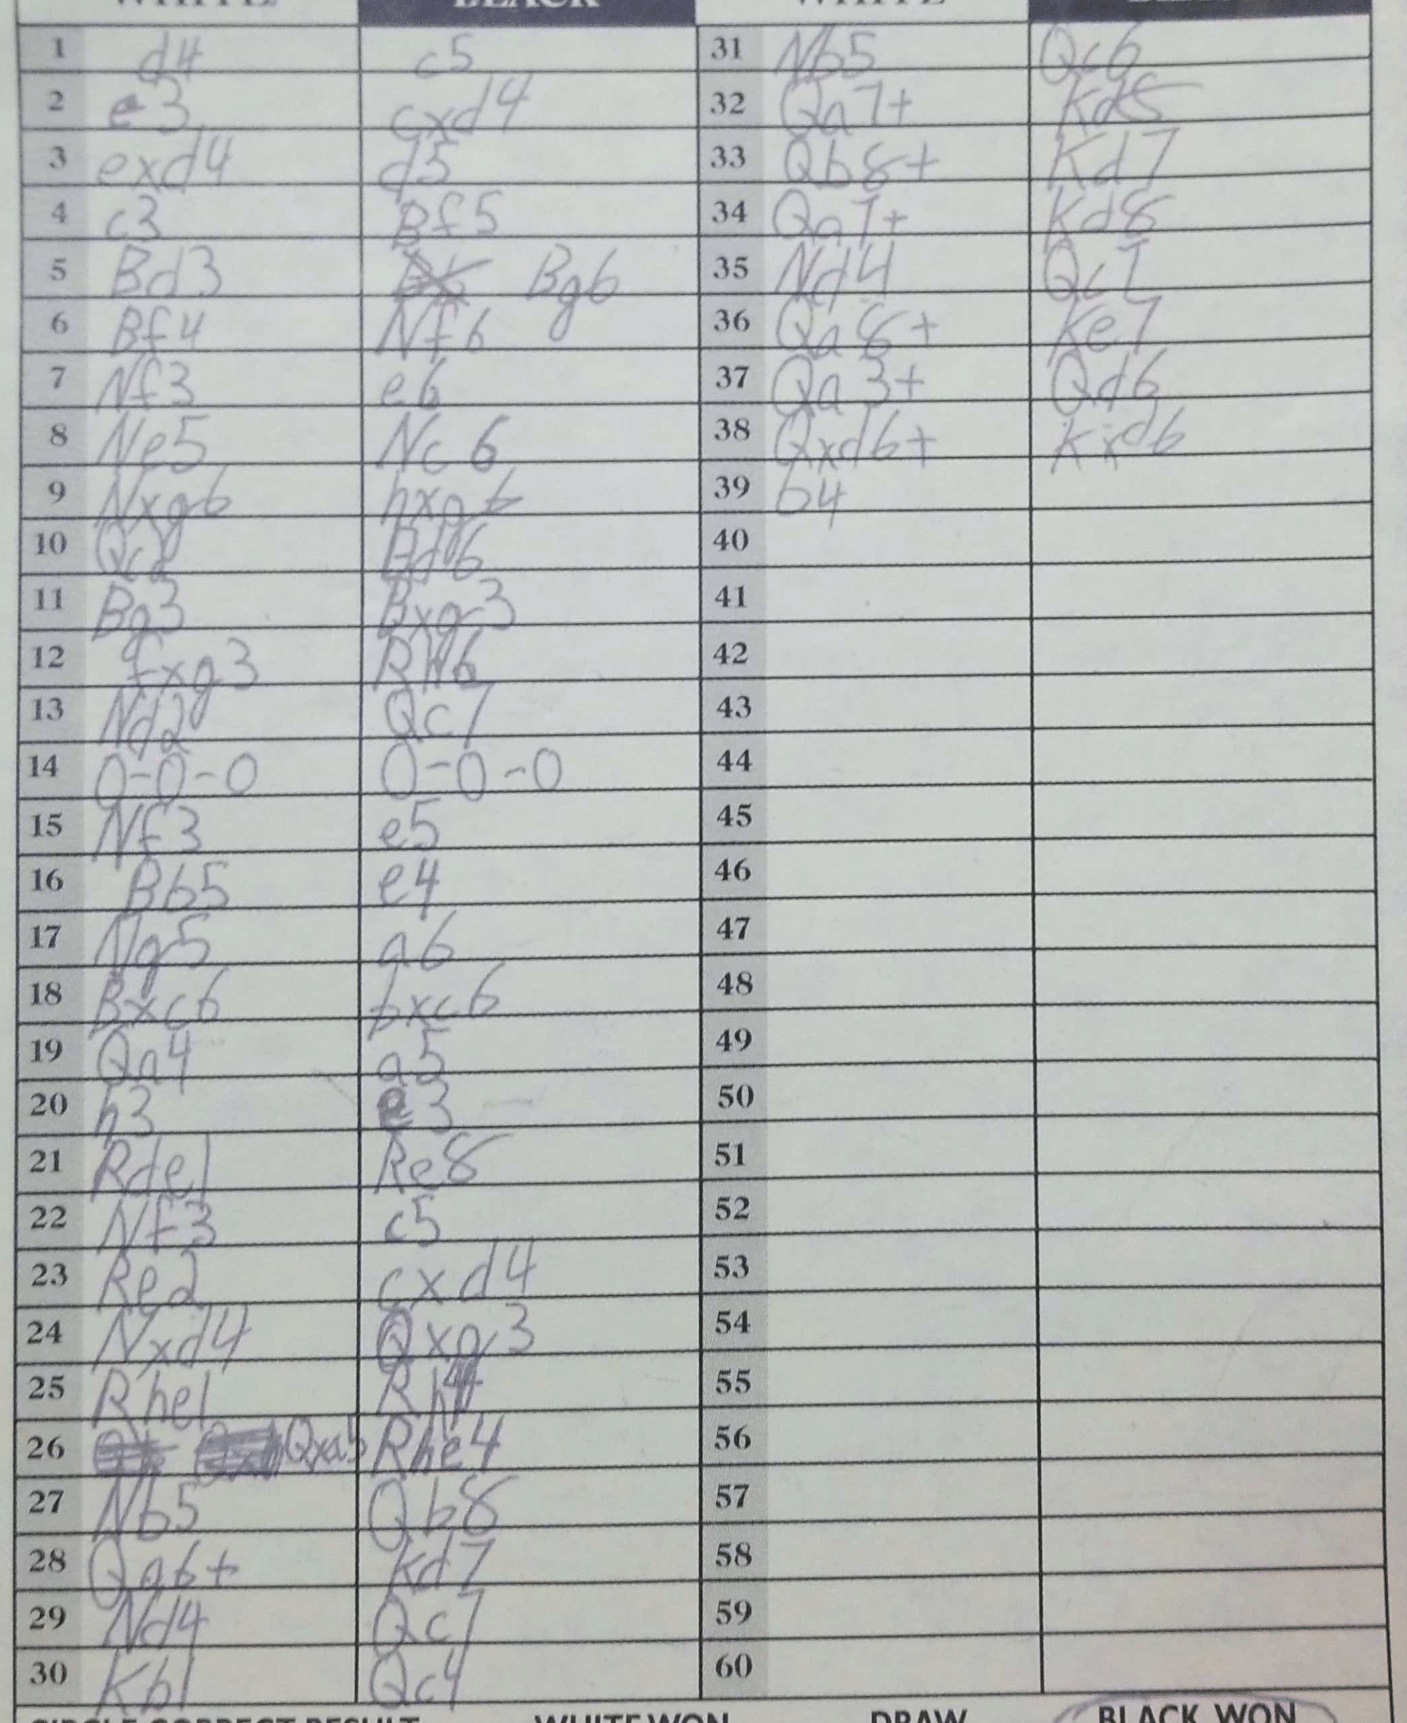
Moves: d4 c5 e3 cxd4 exd4 d5 c3 Bf5 Bd3 Bg6 Bf4 Nf6 Nf3 e6 Ne5 Nc6 Nxg6 hxg6 Qc2 Bd6 Bg3 Bxg3 fxg3 Rh6 Nd2 Qc7 O-O-O O-O-O Nf3 e5 Bb5 e4 Ng5 a6 Bxc6 bxc6 Qa4 a5 h3 e3 Rde1 Re8 Nf3 c5 Re2 cxd4 Nxd4 Qxg3 Rhe1 Rh4 Qxa5 Rhe4 Nb5 Qb8 Qa6+ Kd7 Nd4 Qc7 Kb1 Qc4 Nb5 Qc6 Qa7+ Kd5 Qb8+ Kd7 Qa7+ Kd8 Nd4 Qc7 Qa8+ Ke7 Qa3+ Qd6 Qxd6+ Kxd6 b4